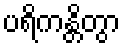
ပရိကန္တိတွာ